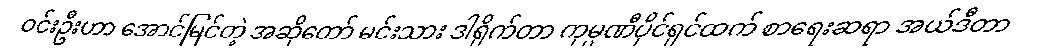
ဝင်းဦးဟာ အောင်မြင်တဲ့ အဆိုတော် မင်းသား ဒါရိုက်တာ ကုမ္ပဏီပိုင်ရှင်ထက် စာရေးဆရာ အယ်ဒီတာ